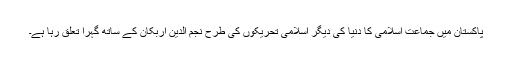
پاکستان میں جماعت اسلامی کا دنیا کی دیگر اسلامی تحریکوں کی طرح نجم الدین اربکان کے ساتھ گہرا تعلق رہا ہے۔